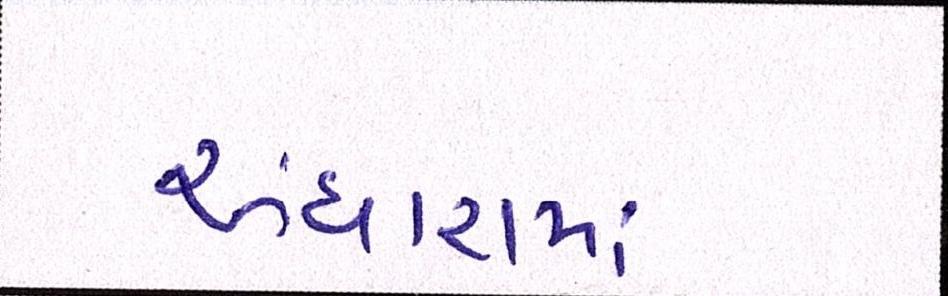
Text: અંધારામાં